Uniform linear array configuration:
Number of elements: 12
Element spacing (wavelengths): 0.75
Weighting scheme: cosine
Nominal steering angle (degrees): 45
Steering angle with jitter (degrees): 43.392
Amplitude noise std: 0.05
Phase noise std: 0.05

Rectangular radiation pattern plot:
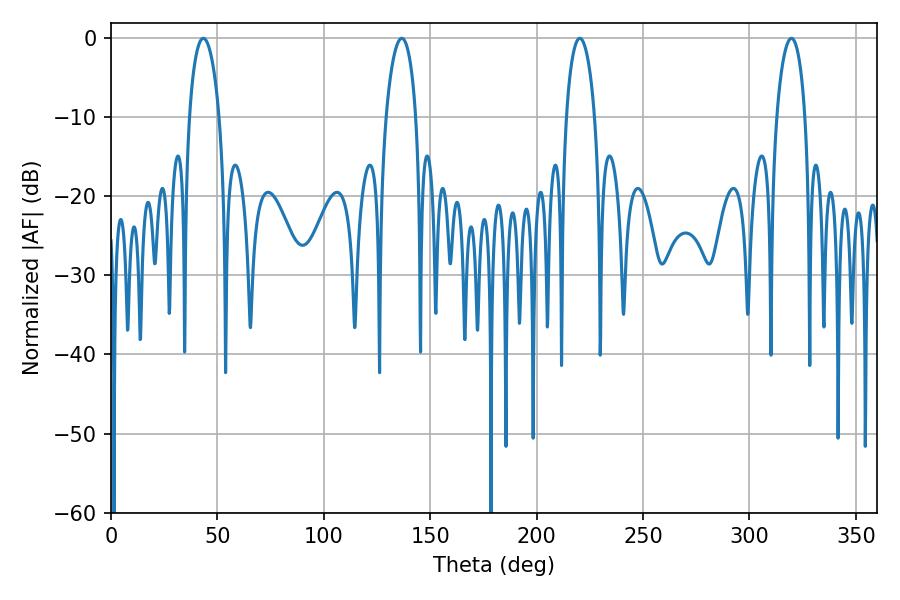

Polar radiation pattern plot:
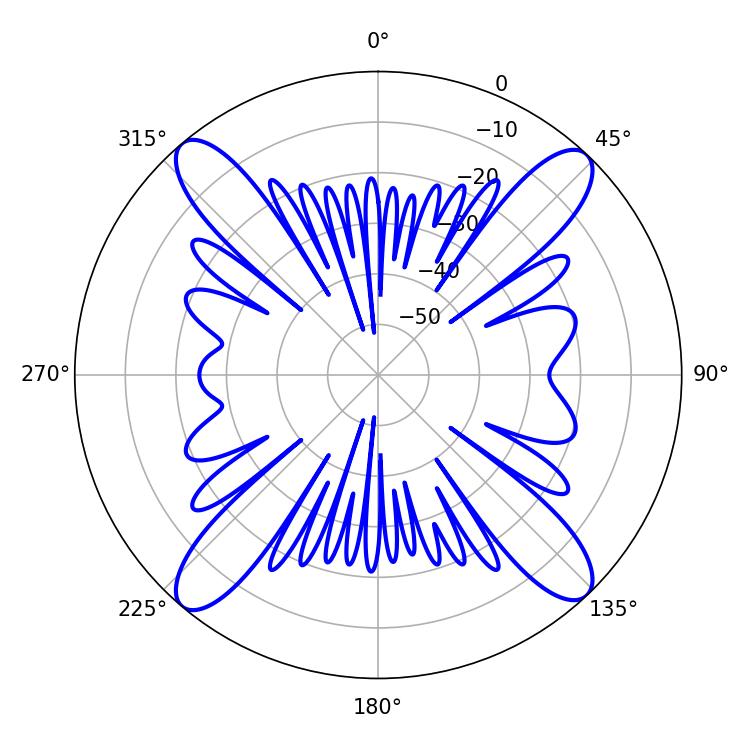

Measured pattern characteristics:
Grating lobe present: TRUE
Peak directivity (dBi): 19.604
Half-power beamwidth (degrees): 7.92
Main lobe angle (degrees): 43.38